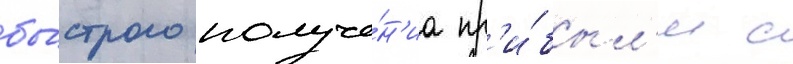
бы́строго получе́н'иа пр'и́был'и с